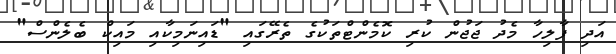
އަދި ފާލިހާ މެދު ޖަޖުން ކުރި ކޮމެންޓްތަކުގެ ތެރޭގައި "ޑައިނަމިކާއި މައިކް ބެލެންސް"